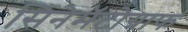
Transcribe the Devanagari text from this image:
सिनेमॅटोग्राफ